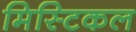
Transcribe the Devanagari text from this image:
मिस्टिकल